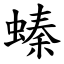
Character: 螓